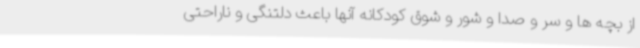
از بچه ها و سر و صدا و شور و شوق کودکانه آنها باعث دلتنگی و ناراحتی